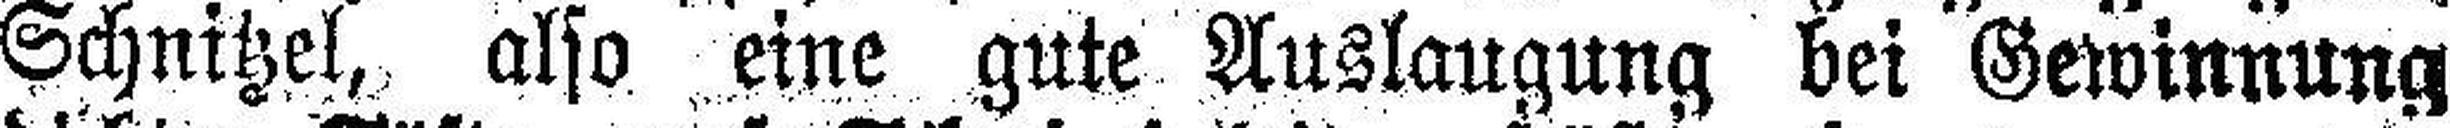
Schnitzel, also eine gute Auslaugung bei Gewinnung